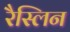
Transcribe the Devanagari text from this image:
रैस्लिन